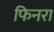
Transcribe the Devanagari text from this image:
फिनरा